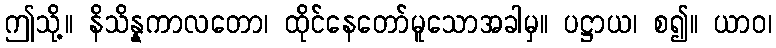
ဤသို့။ နိသိန္နကာလတော၊ ထိုင်နေတော်မူသောအခါမှ။ ပဋ္ဌာယ၊ စ၍။ ယာဝ၊